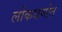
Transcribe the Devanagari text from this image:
लोकधर्मात